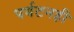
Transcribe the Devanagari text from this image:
पर्यटनही